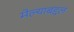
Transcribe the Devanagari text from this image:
मेल्याबद्दल